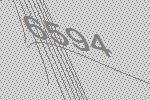
6594